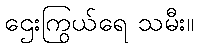
ဌေးကြွယ်ရေ သမီး။